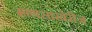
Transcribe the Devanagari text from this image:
माणसाखेरीज